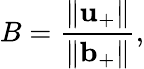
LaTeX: B=\frac{\Vert\mathbf{u}_{+}\Vert}{\Vert\mathbf{b}_{+}\Vert},